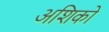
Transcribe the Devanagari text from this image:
अशिको